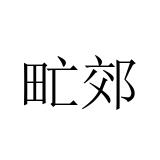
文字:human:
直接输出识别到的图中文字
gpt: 甿郊